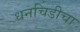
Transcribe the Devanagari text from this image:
धनचिडीचा